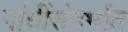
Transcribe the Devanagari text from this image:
गांधींसंदर्भात